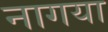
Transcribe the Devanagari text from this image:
नागया